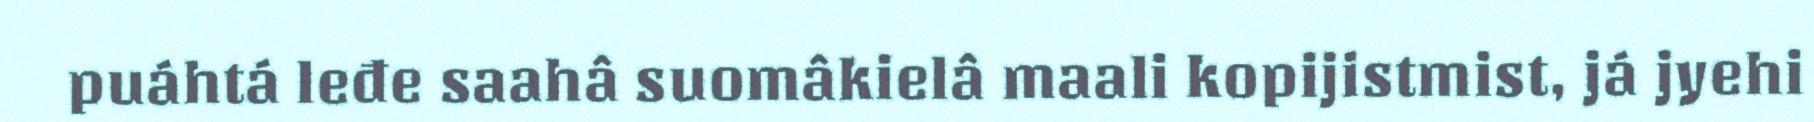
puáhtá leđe saahâ suomâkielâ maali kopijistmist, já jyehi